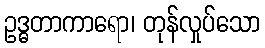
ဥဒ္ဓတာကာရော၊ တုန်လှုပ်သော